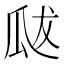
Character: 𭺘